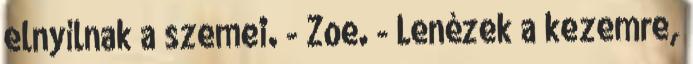
elnyílnak a szemei. - Zoe. - Lenézek a kezemre,